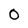
Character: 0